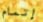
إتمام